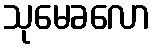
သုမေခလော